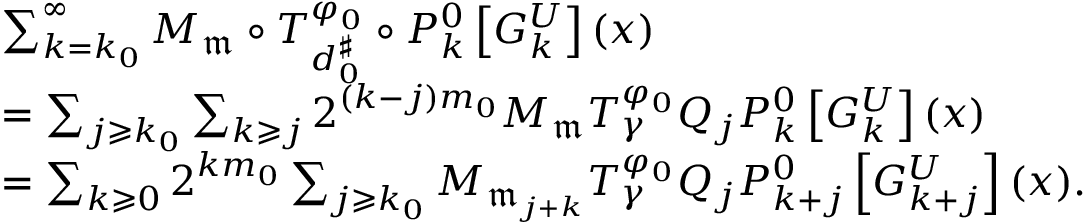
\begin{array} { r l } & { \sum _ { k = k _ { 0 } } ^ { \infty } M _ { \mathfrak m } \circ T _ { d _ { 0 } ^ { \sharp } } ^ { \varphi _ { 0 } } \circ P _ { k } ^ { 0 } \left[ G _ { k } ^ { U } \right] ( x ) } \\ & { = \sum _ { j \geqslant k _ { 0 } } \sum _ { k \geqslant j } 2 ^ { ( k - j ) m _ { 0 } } M _ { \mathfrak m } T _ { \gamma } ^ { \varphi _ { 0 } } Q _ { j } P _ { k } ^ { 0 } \left[ G _ { k } ^ { U } \right] ( x ) } \\ & { = \sum _ { k \geqslant 0 } 2 ^ { k m _ { 0 } } \sum _ { j \geqslant k _ { 0 } } M _ { \mathfrak m _ { j + k } } T _ { \gamma } ^ { \varphi _ { 0 } } Q _ { j } P _ { k + j } ^ { 0 } \left[ G _ { k + j } ^ { U } \right] ( x ) . } \end{array}